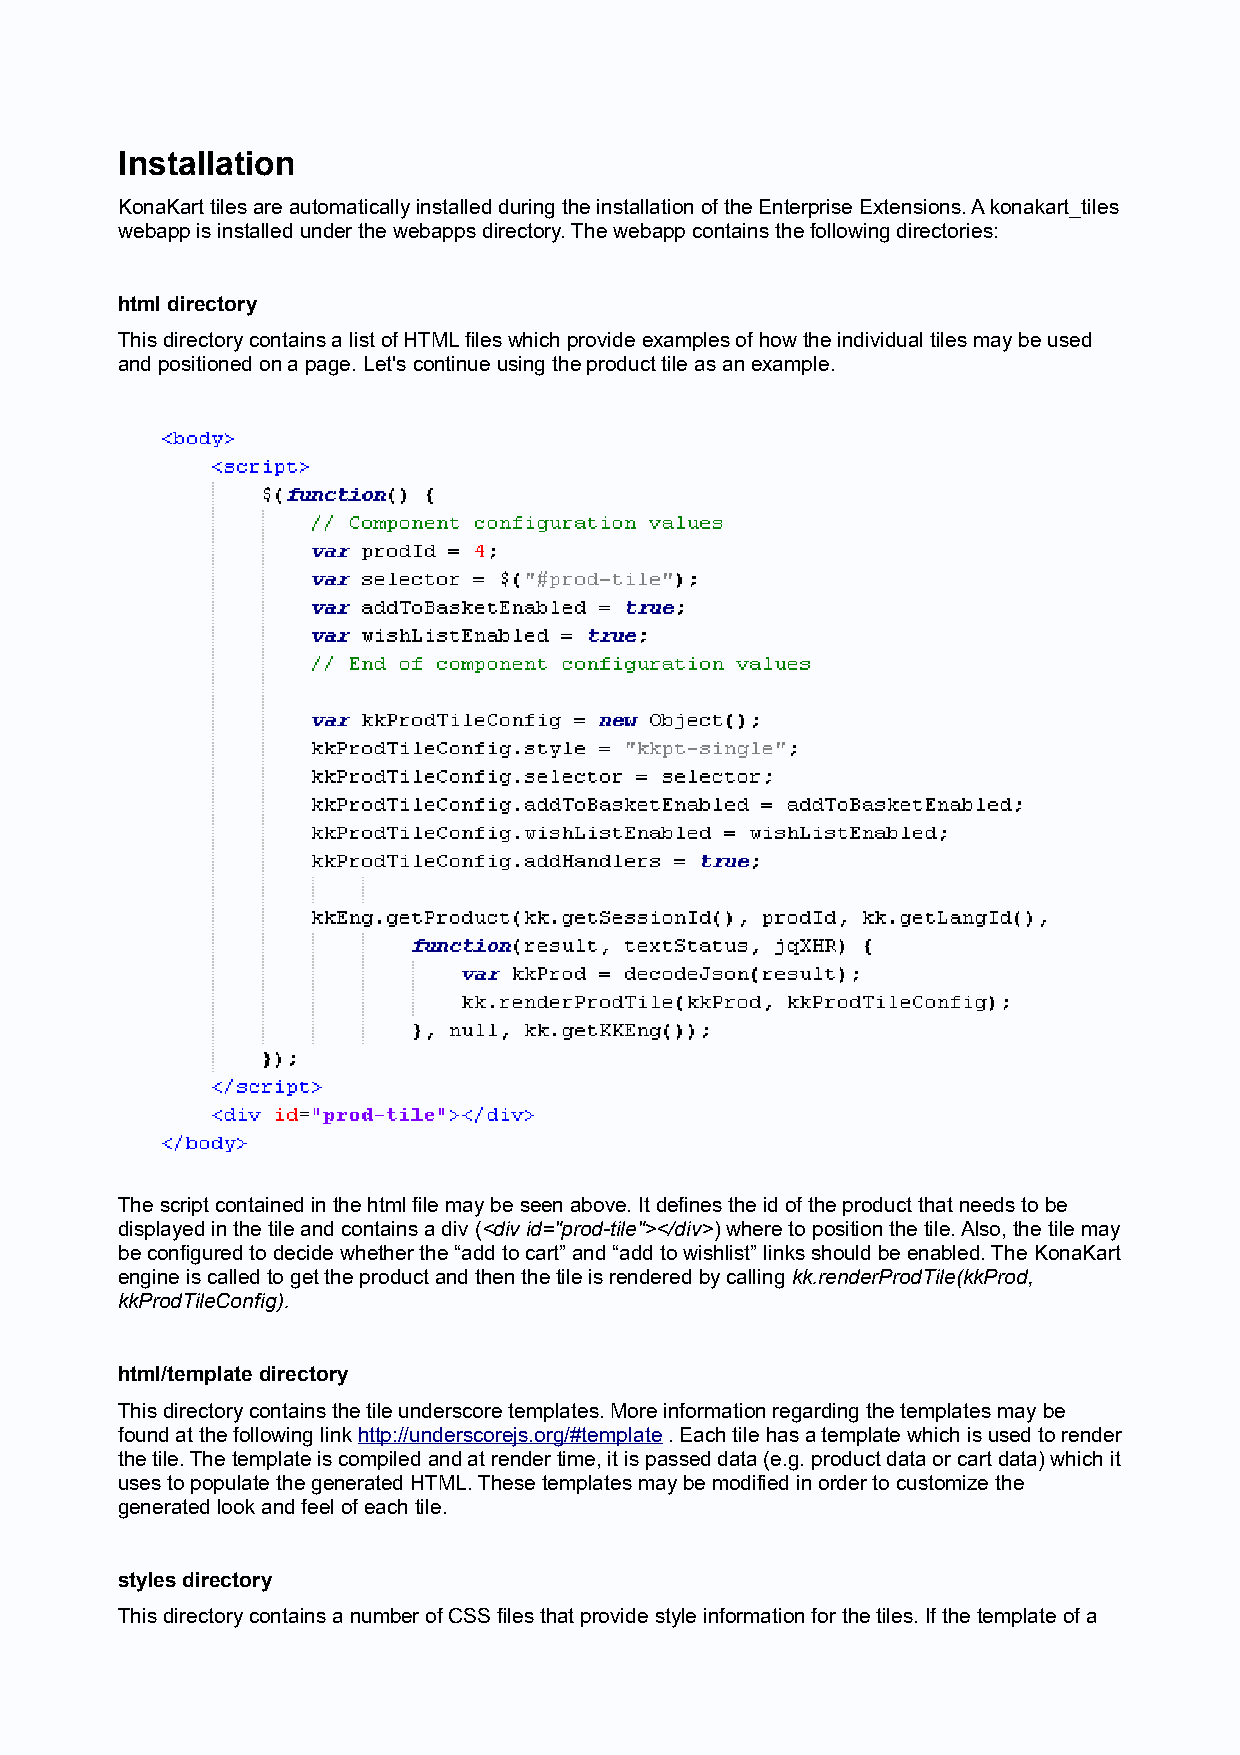
Installation
 KonaKart tiles are automatically installed during the installation of the Enterprise Extensions. A konakart_tiles
 webapp is installed under the webapps directory. The webapp contains the following directories:
 html directory
 This directory contains a list of HTML files which provide examples of how the individual tiles may be used
 and positioned on a page. Let's continue using the product tile as an example.
 The script contained in the html file may be seen above. It defines the id of the product that needs to be
 displayed in the tile and contains a div (<div id="prod-tile"></div>) where to position the tile. Also, the tile may
 be configured to decide whether the “add to cart” and “add to wishlist” links should be enabled. The KonaKart
 engine is called to get the product and then the tile is rendered by calling kk.renderProdTile(kkProd,
 kkProdTileConfig).
 html/template directory
 This directory contains the tile underscore templates. More information regarding the templates may be
 found at the following link http://underscorejs.org/#template . Each tile has a template which is used to render
 the tile. The template is compiled and at render time, it is passed data (e.g. product data or cart data) which it
 uses to populate the generated HTML. These templates may be modified in order to customize the
 generated look and feel of each tile.
 styles directory
 This directory contains a number of CSS files that provide style information for the tiles. If the template of a